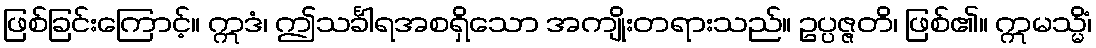
ဖြစ်ခြင်းကြောင့်။ ဣဒံ၊ ဤသင်္ခါရအစရှိသော အကျိုးတရားသည်။ ဥပ္ပဇ္ဇတိ၊ ဖြစ်၏။ ဣမသ္မိံ၊